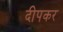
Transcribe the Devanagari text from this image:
दीपकर